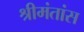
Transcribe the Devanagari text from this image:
श्रीमंतांस